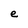
Character: e